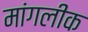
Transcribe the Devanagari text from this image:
मांगलीक